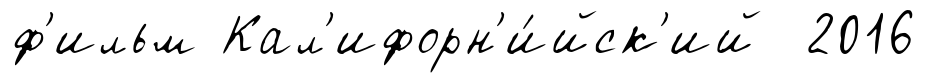
ф'ильм Кал'ифорн'и́йск'ий 2016